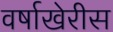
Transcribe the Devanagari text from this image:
वर्षाखेरीस